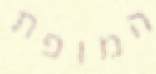
המופת